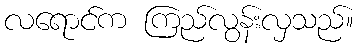
လရောင်က ကြည်လွန်းလှသည်။